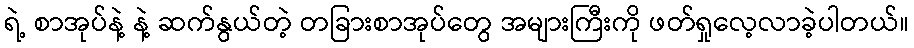
ရဲ့ စာအုပ်နဲ့ နဲ့ ဆက်နွယ်တဲ့ တခြားစာအုပ်တွေ အများကြီးကို ဖတ်ရှုလေ့လာခဲ့ပါတယ်။